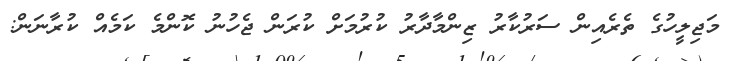
މަޖިލީހުގެ ތެރެއިން ސަރުކާރު ޒިންމާދާރު ކުރުމަށް ކުރަން ޖެހުނު ކޮންމެ ކަމެއް ކުރާނަން: